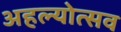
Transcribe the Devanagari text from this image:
अहल्योत्सव